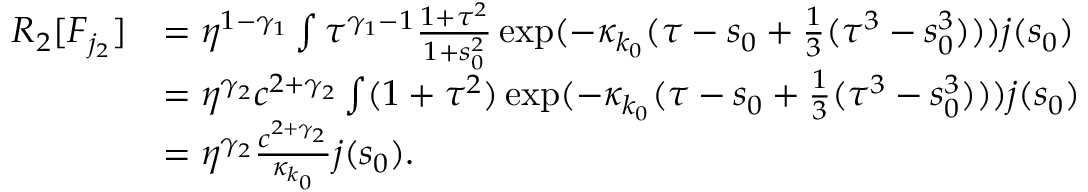
\begin{array} { r l } { R _ { 2 } [ F _ { j _ { 2 } } ] } & { = \eta ^ { 1 - \gamma _ { 1 } } \int \tau ^ { \gamma _ { 1 } - 1 } \frac { 1 + \tau ^ { 2 } } { 1 + s _ { 0 } ^ { 2 } } \exp ( - \kappa _ { k _ { 0 } } ( \tau - s _ { 0 } + \frac 1 3 ( \tau ^ { 3 } - s _ { 0 } ^ { 3 } ) ) ) j ( s _ { 0 } ) } \\ & { = \eta ^ { \gamma _ { 2 } } c ^ { 2 + \gamma _ { 2 } } \int ( 1 + \tau ^ { 2 } ) \exp ( - \kappa _ { k _ { 0 } } ( \tau - s _ { 0 } + \frac 1 3 ( \tau ^ { 3 } - s _ { 0 } ^ { 3 } ) ) ) j ( s _ { 0 } ) } \\ & { = \eta ^ { \gamma _ { 2 } } \frac { c ^ { 2 + \gamma _ { 2 } } } { \kappa _ { k _ { 0 } } } j ( s _ { 0 } ) . } \end{array}